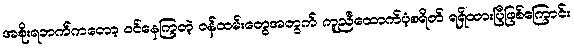
အစိုးရဘက်ကတော့ ဝင်နေကြတဲ့ ဝန်ထမ်းတွေအတွက် ကူညီထောက်ပံ့စရိတ် ရရှိထားပြီဖြစ်ကြောင်း